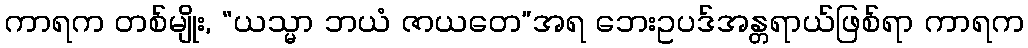
ကာရက တစ်မျိုး, “ယသ္မာ ဘယံ ဇာယတေ”အရ ဘေးဥပဒ်အန္တရာယ်ဖြစ်ရာ ကာရက